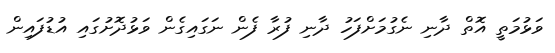
ވަޅުމަތީ އޮތް ދާނި ނެގުމަށްފަހު ދާނި ފުރާ ފެން ނަގައިގެން ވަޅުދޮށުގައި އުޑުފައިން